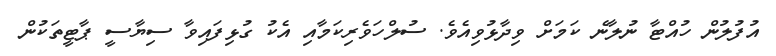
އުފުލުން ހުއްޓާ ނުލާނެ ކަމަށް ވިދާޅުވިއެވެ. ސުލްހަވެރިކަމާއި އެކު ގުޅިފައިވާ ސިޔާސީ ޕާޓީތަކުން